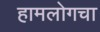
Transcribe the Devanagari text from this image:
हामलोगचा